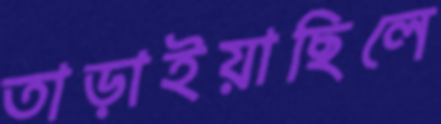
তাড়াইয়াছিলে